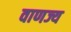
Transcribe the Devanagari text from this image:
वाणज्य